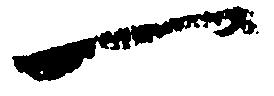
一